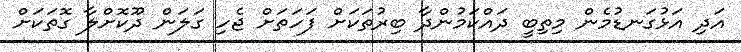
އަދި އަޅުގަނޑުމެން މިތިބީ ދައްކަމުންދާ ބިރުތަކަށް ފަހަތަށް ޖެހި ގަލަން ދޫކޮށްލާ ގޮތަކަށް